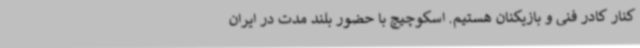
کنار کادر فنی و بازیکنان هستیم. اسکوچیچ با حضور بلند مدت در ایران